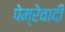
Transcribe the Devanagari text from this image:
पेम्रेवादी